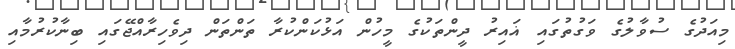
މިއަދުގެ ސުވާލުގެ ވަގުތުގައި ޣައިރު ދީންތަކުގެ މީހުން އަޅުކަންކުރާ ތަންތަން ދިވެހިރާއްޖޭގައި ބިނާކުރުމާއި